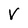
Character: V